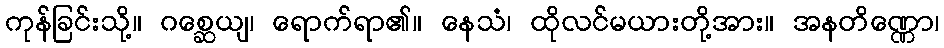
ကုန်ခြင်းသို့။ ဂစ္ဆေယျ၊ ရောက်ရာ၏။ နေသံ၊ ထိုလင်မယားတို့အား။ အနတိဏ္ဏော၊